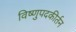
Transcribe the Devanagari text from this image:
विष्णुपदकीर्तन